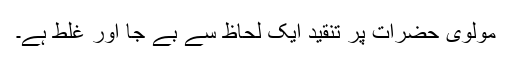
مولوی حضرات پر تنقید ایک لحاظ سے بے جا اور غلط ہے۔